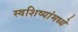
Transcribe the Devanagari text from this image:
स्वशिष्यांमध्ये